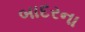
બાદરના